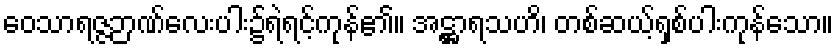
ဝေသာရဇ္ဇဉာဏ်လေးပါး၌ရဲရင့်ကုန်၏။ အဋ္ဌာရသဟိ၊ တစ်ဆယ့်ရှစ်ပါးကုန်သော။